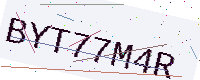
Text: BYT77M4R